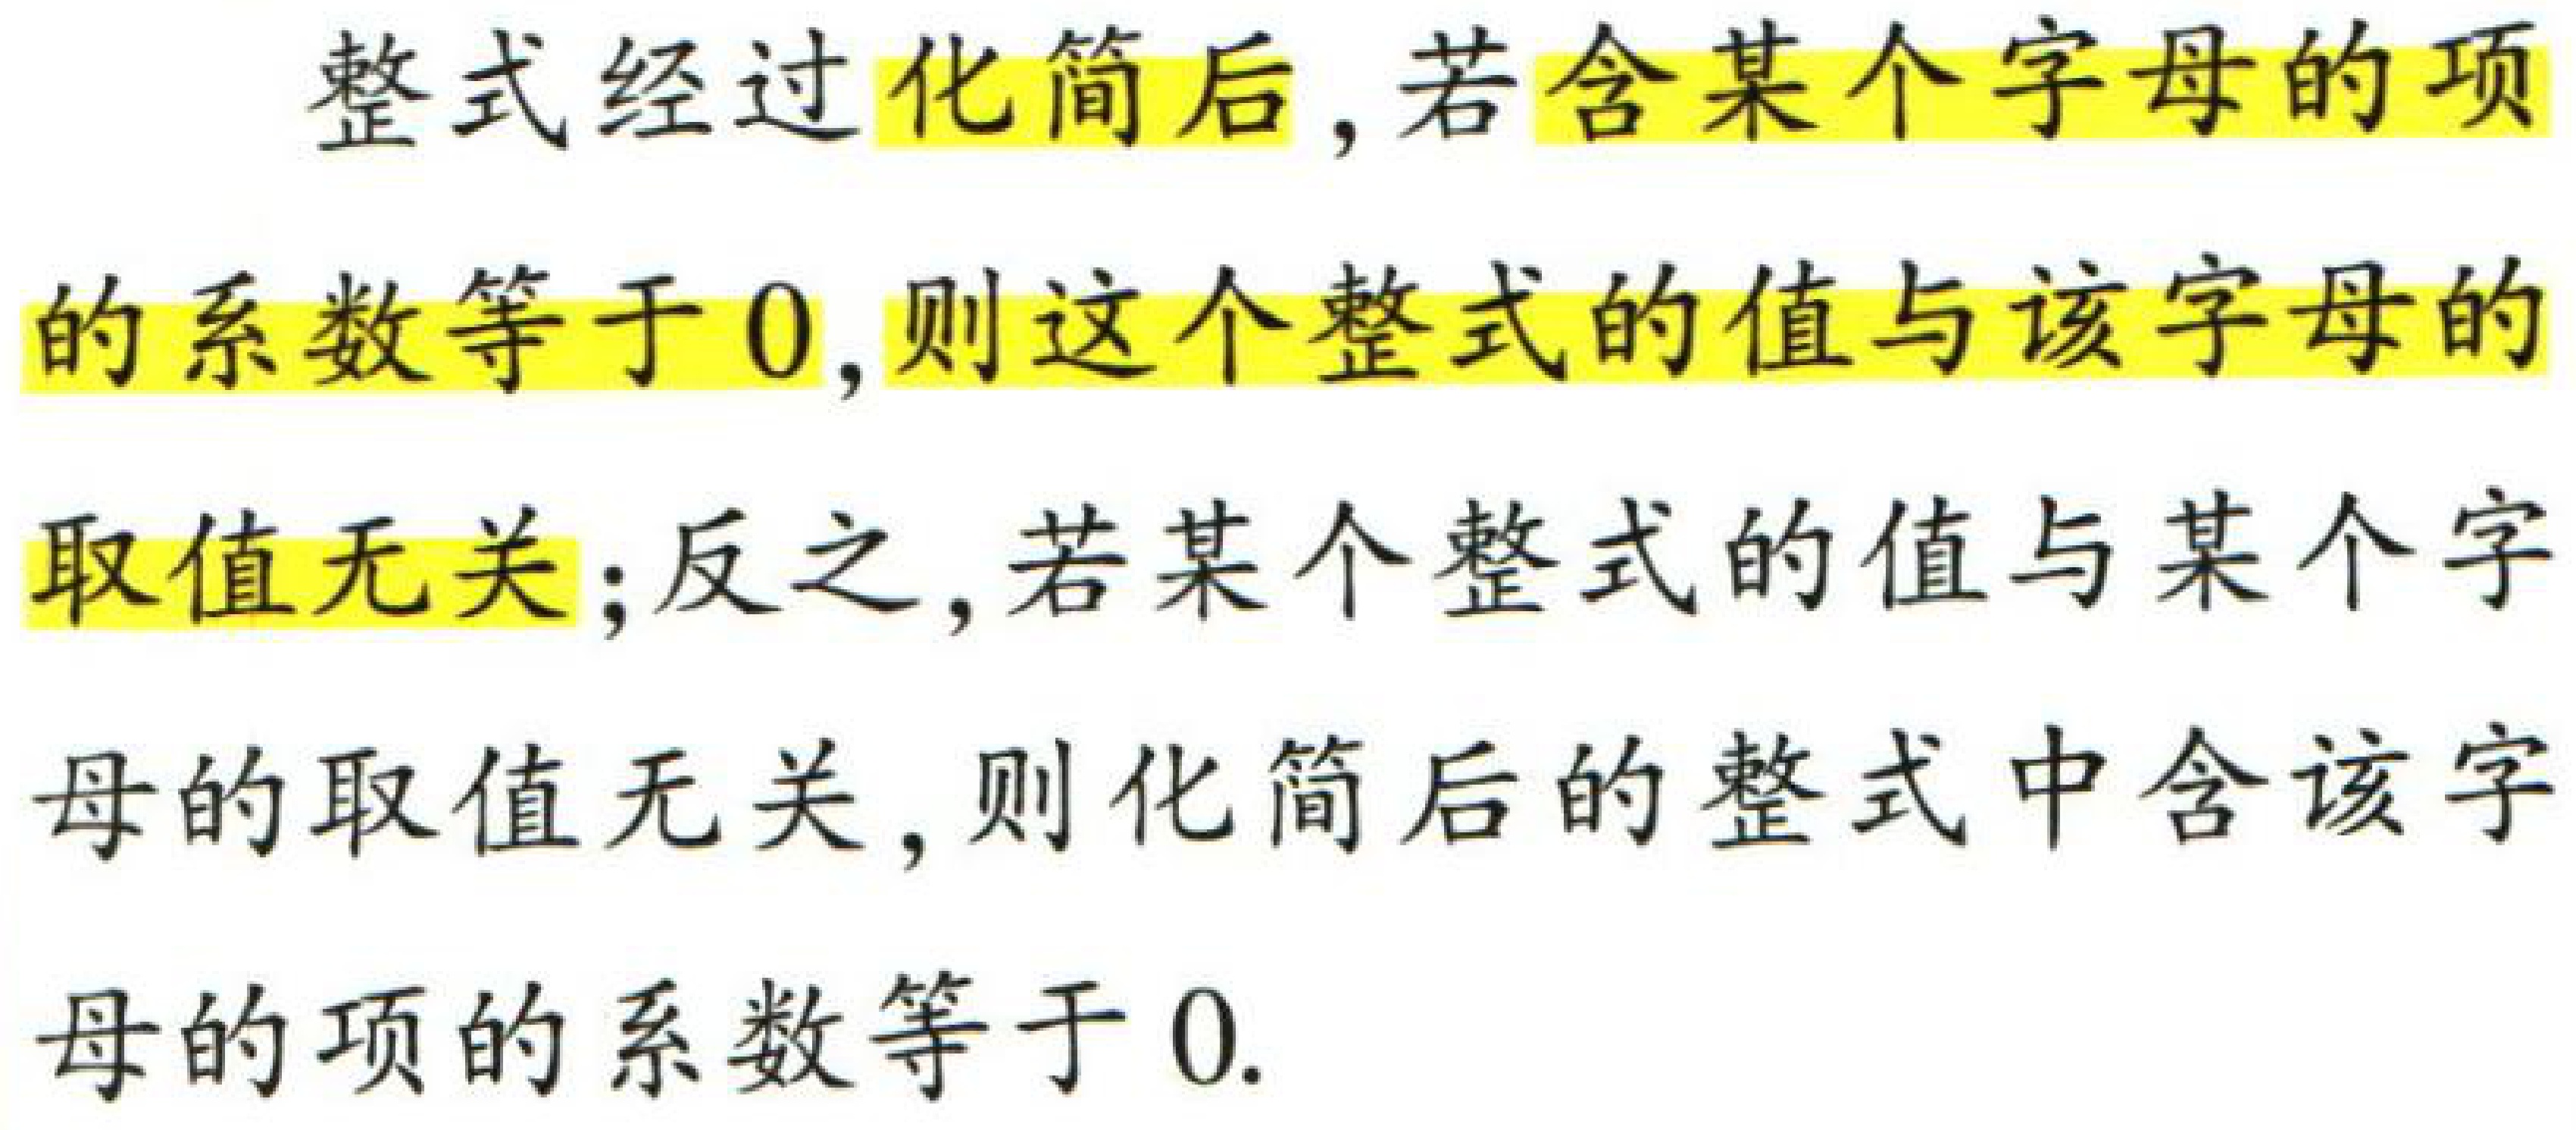
整式经过化简后, 若含某个字母的项的系数等于 \(0\), 则这个整式的值与该字母的取值无关; 反之, 若某个整式的值与某个字母的取值无关, 则化简后的整式中含该字母的项的系数等于 \(0\).